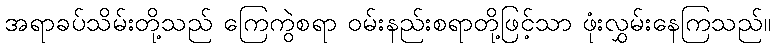
အရာခပ်သိမ်းတို့သည် ကြေကွဲစရာ ဝမ်းနည်းစရာတို့ဖြင့်သာ ဖုံးလွှမ်းနေကြသည်။